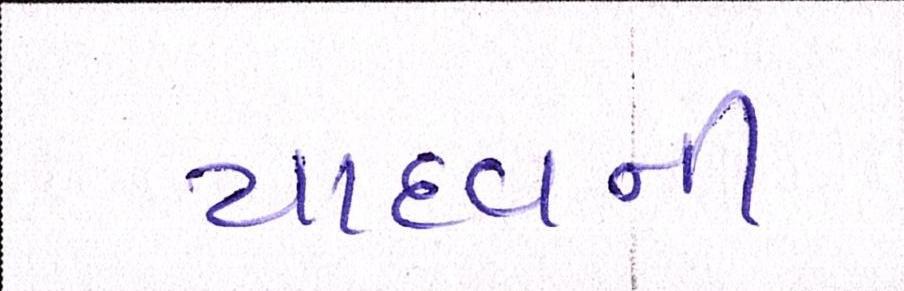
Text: યાદવની